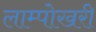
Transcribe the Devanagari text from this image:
लाम्पोखरी